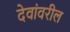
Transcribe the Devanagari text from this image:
देवांवरील